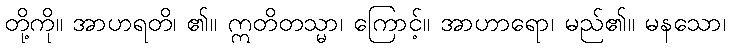
တို့ကို။ အာဟရတိ၊ ၏။ ဣတိတသ္မာ၊ ကြောင့်။ အာဟာရော၊ မည်၏။ မနသော၊